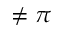
\neq \pi